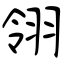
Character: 翎